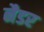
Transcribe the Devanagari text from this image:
नैडर